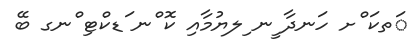
ަތކަ ްށ ހަނދާ ީނ ިލޔުމާއި ކޮ ްނ ަޑކްޓި ްނގ ބޭ